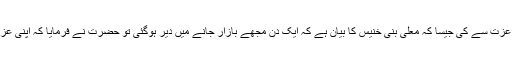
تجارت کی تعبیر عزت سے کی جیسا کہ معلی بنی خنیس کا بیان ہے کہ ایک دن مجھے بازار جانے میں دیر ہوگئی تو حضرت نے فرمایا کہ اپنی عزت کی طرف جاؤ۔